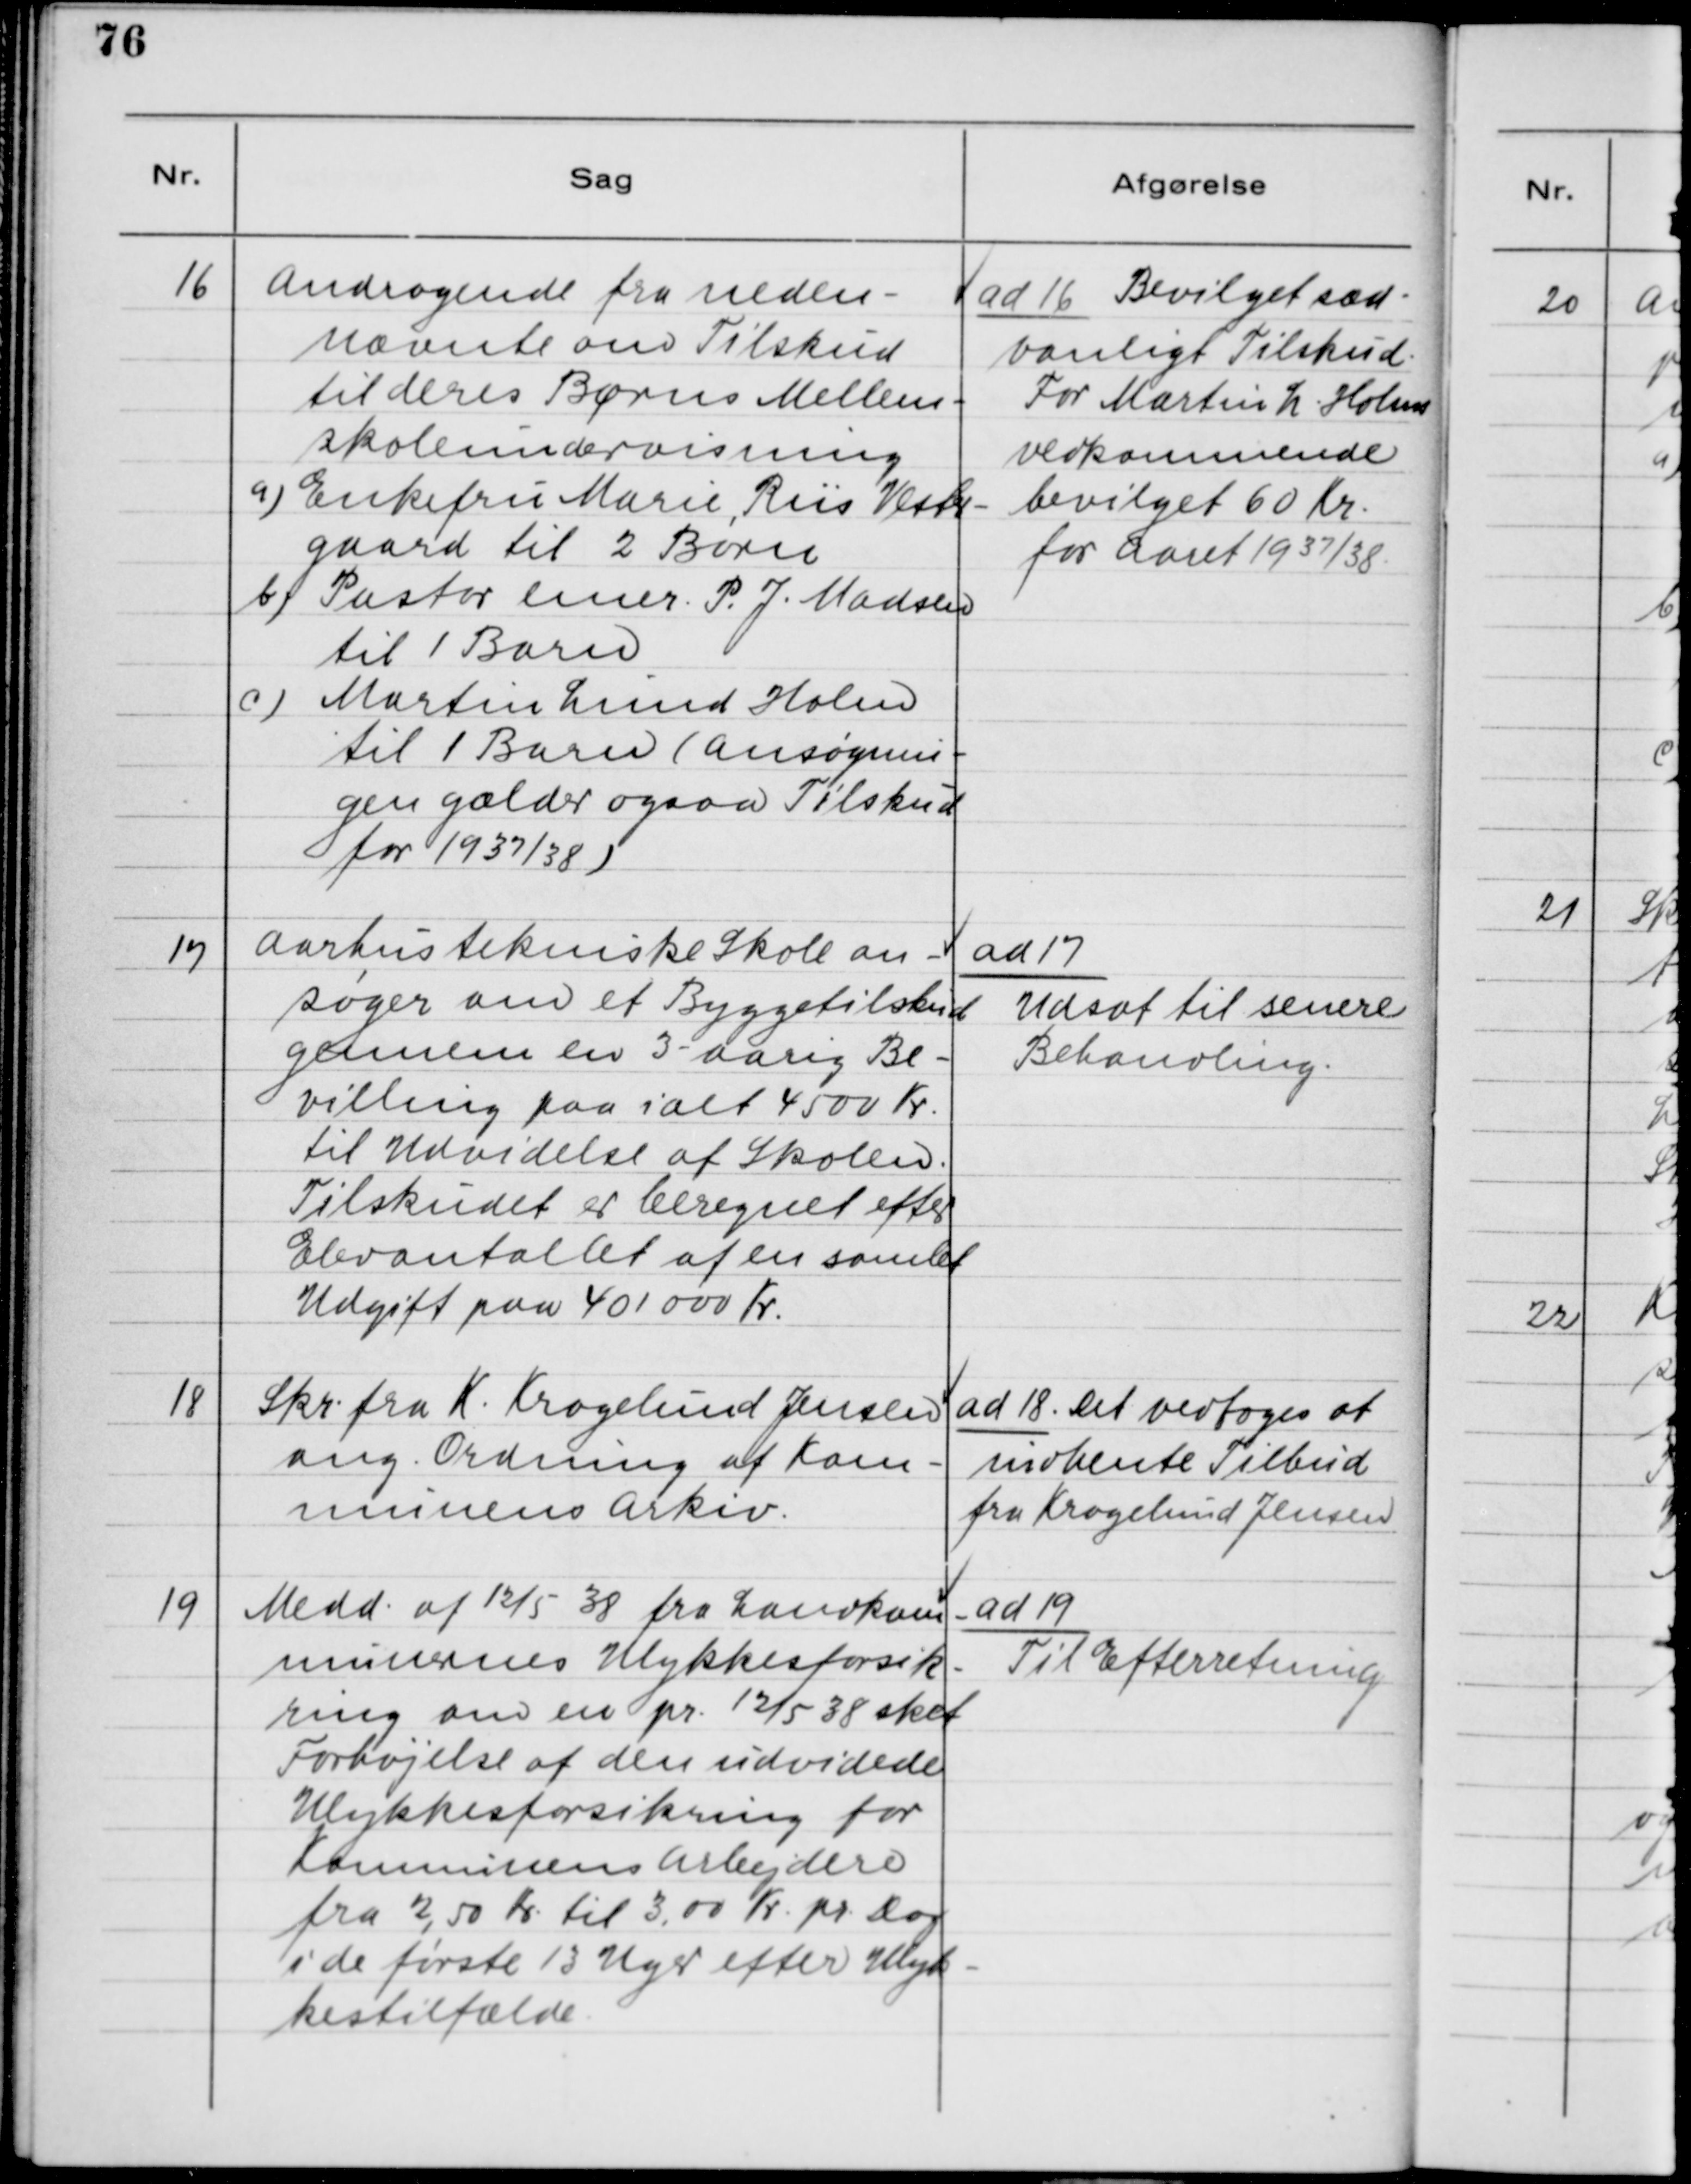
Transskription:
16. Andragende fra neden-
nævnte om Tilskud
til deres Børns Mellem-
skoleundervisning.
a) Enkefru Marie Riis Vester-
gaard til 2 Børn
b) Pastor emer. P. J. Madsen
til 1 Barn
c) Martin Lund Holm
til 1 Barn (Ansøgnin-
gen gælder ogsaa Tilskud
for 1937/38)

ad 16. Bevilget sæd-
vanlig Tilskud.
For Martin L. Holms
vedkommende
bevilget 60 Kr.
for Aaret 1937/38.

17. Aarhus tekniske Skole an-
søger om et Byggetilskud
gennem en 3-aarig Be-
villing paa ialt 4500 Kr.
til Udvidelse af Skolen.
Tilskudet er beregnet efter
Elevantallet af en samlet
Udgift paa 401 000 Kr.

ad 17.
Udsat til senere
Behandling.

18. Skr. fra K. Kragelund Jensen
ang. Ordning af Kom-
munens Arkiv.

ad 18. Det vedtoges at
indhente Tilbud
fra Kragelund Jensen.

19. Medd. af 12/5 38 fra Landkom-
munernes Ulykkesforsik-
ring om en pr. 12/5 38 sket
Forhøjelse af den udvidede
Ulykkesforsikring for
Kommunens Arbejdere
fra 2,50 Kr. til 3,00 Kr. pr. Dag
i de første 13 Uger efter Ulyk-
kestilfælde.

ad 19.
Til Efterretning